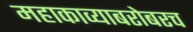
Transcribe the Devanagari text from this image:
महाकाव्याबरोबरच